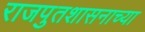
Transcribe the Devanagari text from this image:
राजपुतशासनाच्या